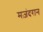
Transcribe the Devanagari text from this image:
मज़ंदरान